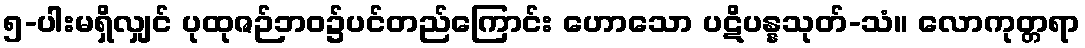
၅-ပါးမရှိလျှင် ပုထုဇဉ်ဘဝ၌ပင်တည်ကြောင်း ဟောသော ပဋိပန္နသုတ်-သံ။ လောကုတ္တရာ